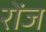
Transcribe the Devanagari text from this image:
रोंज